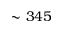
\sim 3 4 5